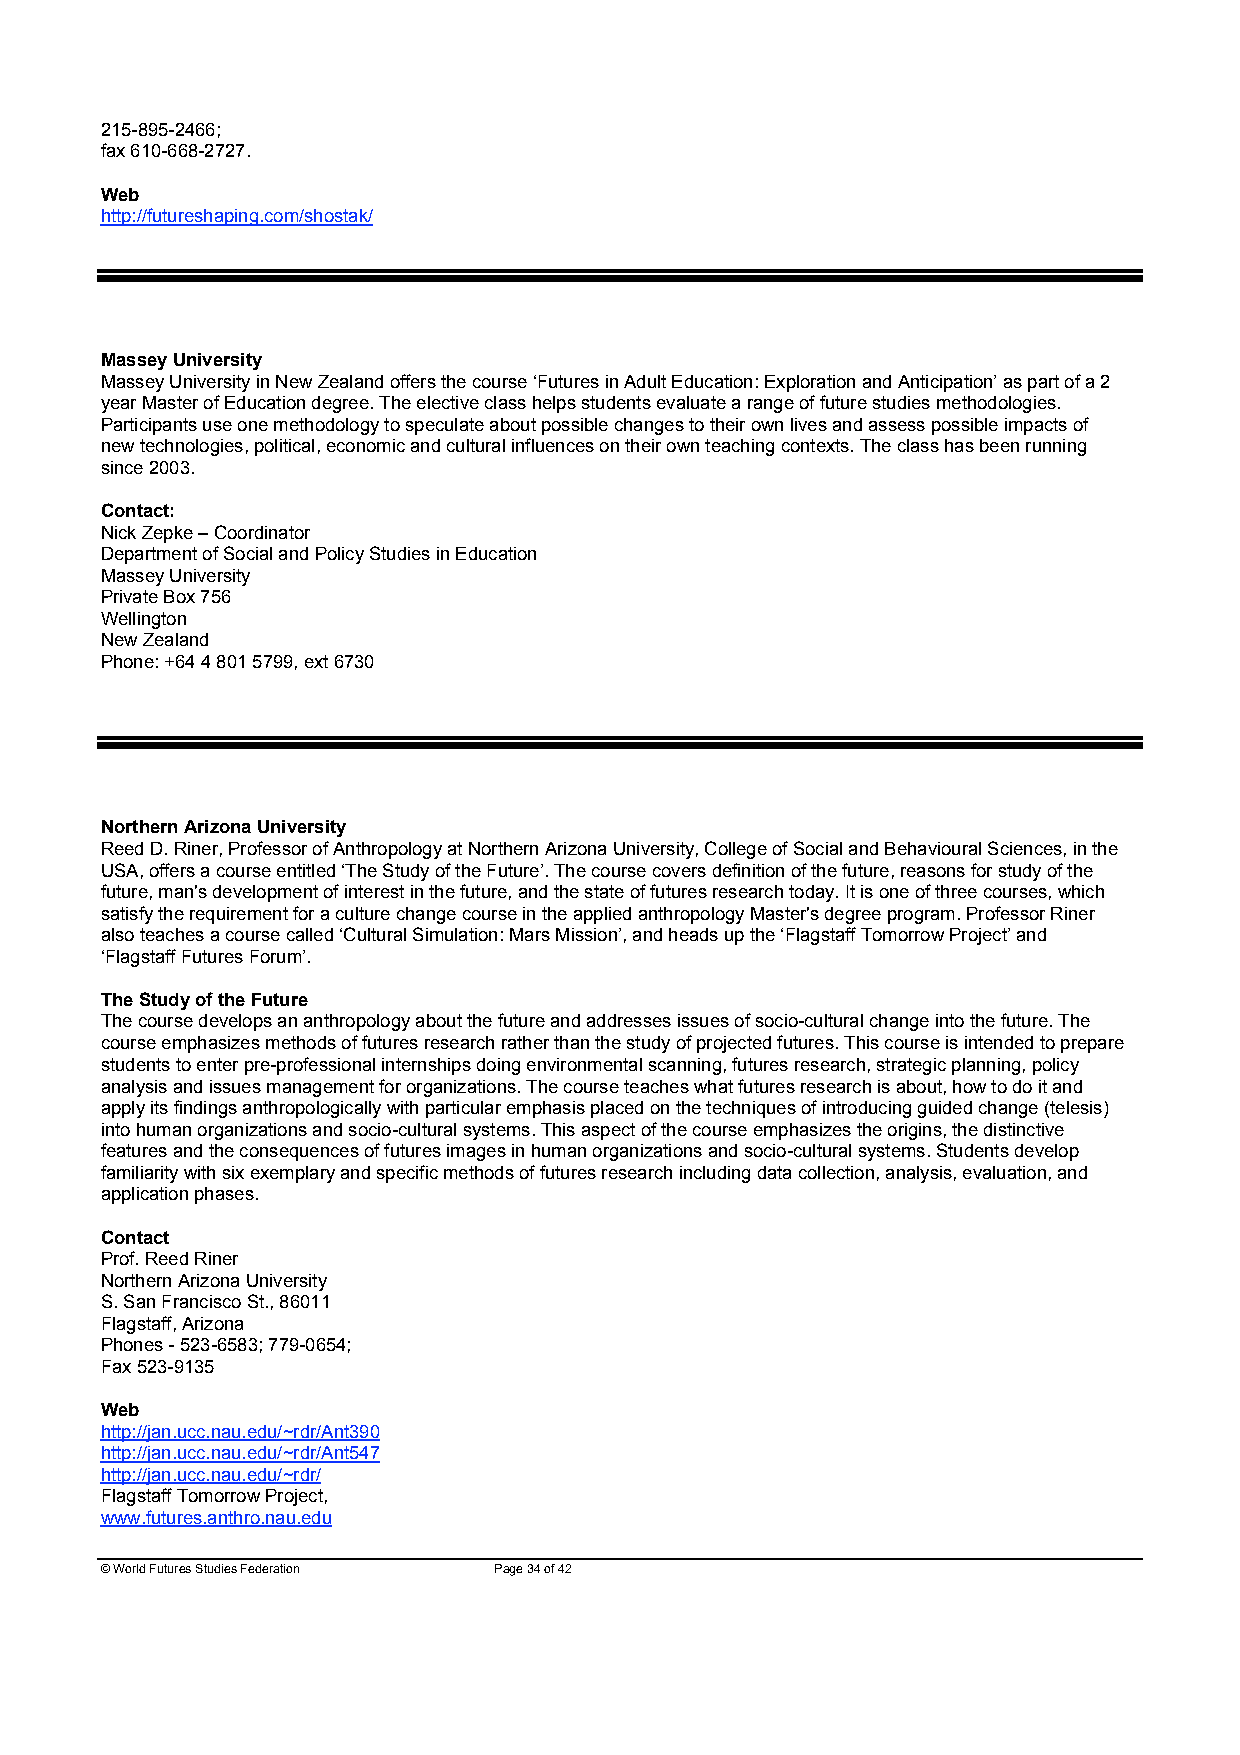
215-895-2466;
 fax 610-668-2727.
 Web
 http://futureshaping.com/shostak/
 Massey University
 Massey University in New Zealand offers the course ‘Futures in Adult Education: Exploration and Anticipation’ as part of a 2
 year Master of Education degree. The elective class helps students evaluate a range of future studies methodologies.
 Participants use one methodology to speculate about possible changes to their own lives and assess possible impacts of
 new technologies, political, economic and cultural influences on their own teaching contexts. The class has been running
 since 2003.
 Contact:
 Nick Zepke – Coordinator
 Department of Social and Policy Studies in Education
 Massey University
 Private Box 756
 Wellington
 New Zealand
 Phone: +64 4 801 5799, ext 6730
 Northern Arizona University
 Reed D. Riner, Professor of Anthropology at Northern Arizona University, College of Social and Behavioural Sciences, in the
 USA, offers a course entitled ‘The Study of the Future’. The course covers definition of the future, reasons for study of the
 future, man's development of interest in the future, and the state of futures research today. It is one of three courses, which
 satisfy the requirement for a culture change course in the applied anthropology Master's degree program. Professor Riner
 also teaches a course called ‘Cultural Simulation: Mars Mission’, and heads up the ‘Flagstaff Tomorrow Project’ and
 ‘Flagstaff Futures Forum’.
 The Study of the Future
 The course develops an anthropology about the future and addresses issues of socio-cultural change into the future. The
 course emphasizes methods of futures research rather than the study of projected futures. This course is intended to prepare
 students to enter pre-professional internships doing environmental scanning, futures research, strategic planning, policy
 analysis and issues management for organizations. The course teaches what futures research is about, how to do it and
 apply its findings anthropologically with particular emphasis placed on the techniques of introducing guided change (telesis)
 into human organizations and socio-cultural systems. This aspect of the course emphasizes the origins, the distinctive
 features and the consequences of futures images in human organizations and socio-cultural systems. Students develop
 familiarity with six exemplary and specific methods of futures research including data collection, analysis, evaluation, and
 application phases.
 Contact
 Prof. Reed Riner
 Northern Arizona University
 S. San Francisco St., 86011
 Flagstaff, Arizona
 Phones - 523-6583; 779-0654;
 Fax 523-9135
 Web
 http://jan.ucc.nau.edu/~rdr/Ant390
 http://jan.ucc.nau.edu/~rdr/Ant547
 http://jan.ucc.nau.edu/~rdr/
 Flagstaff Tomorrow Project,
 www.futures.anthro.nau.edu
 © World Futures Studies Federation Page 34 of 42